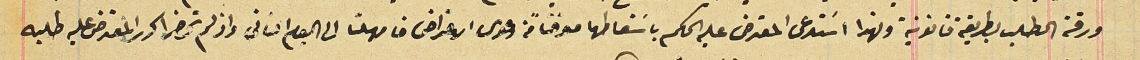
ورقة الطلب بطريقة قانونية ولهذا اسَتدعى المعترض عليه الحكم باسَقاطها موقتاً من دعوى الاعتراض فامهلتا الى اليوم الثانى واذ لم تحضرا كرر المعترض عليه طلبه